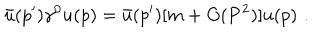
\bar { u } ( p ^ { \prime } ) \gamma ^ { 0 } u ( p ) = \bar { u } ( p ^ { \prime } ) [ m + O ( { \bf P } ^ { 2 } ) ] u ( p ) \, \, .